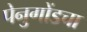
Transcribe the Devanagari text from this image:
पेनुगोंडचा